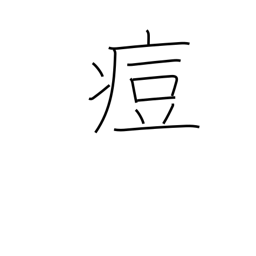
Meaning: pox